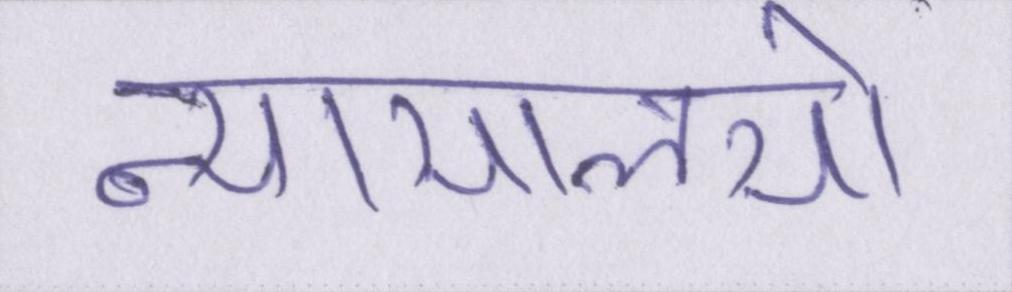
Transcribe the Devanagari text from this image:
न्यायालयो